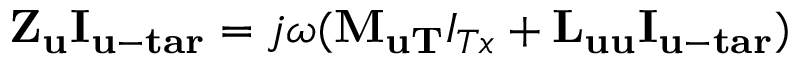
\begin{array} { r } { { { \mathbf { Z } } _ { \mathbf { u } } } { { \mathbf { I } } _ { { \mathbf { u - t a r } } } } = j \omega ( { { \mathbf { M } } _ { { \mathbf { u T } } } } { I _ { T x } } + { { \mathbf { L } } _ { { \mathbf { u u } } } } { { \mathbf { I } } _ { { \mathbf { u - t a r } } } } ) } \end{array}